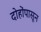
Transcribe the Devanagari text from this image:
दोहोंपासून